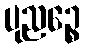
ပုညဉ္စေ